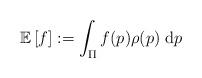
LaTeX: \begin{align*} \mathbb{E} \left[ f \right] := \int_{\Pi} f (p) \rho(p) \; \mbox{d}p \end{align*}